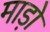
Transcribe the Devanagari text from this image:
माड़ो